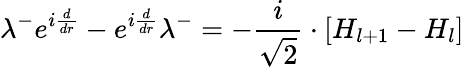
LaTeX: \lambda^{-}e^{i\frac{d}{dr}}-e^{i\frac{d}{dr}}\lambda^{-}=-\frac{i}{\sqrt{2}}\cdot\left[H_{l+1}-H_{l}\right]